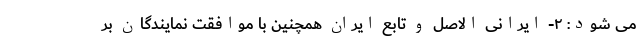
می شود: ۲- ایرانی الاصل و تابع ایران همچنین با موافقت نمایندگان بر